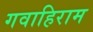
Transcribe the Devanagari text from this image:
गवाहिराम